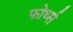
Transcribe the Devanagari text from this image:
फोर्थ्स